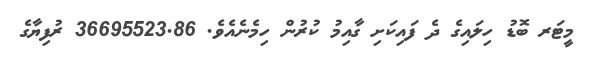
މީޓަރ ބޮޑު ހިލައިގެ ދެ ފައިކަށި ގާއިމު ކުރުން ހިމެނެއެވެ. 36695523.86 ރުފިޔާގެ